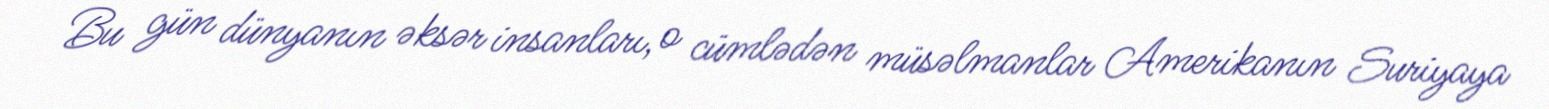
Bu gün dünyanın əksər insanları, o cümlədən müsəlmanlar Amerikanın Suriyaya